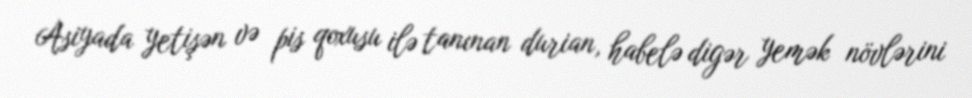
Asiyada yetişən və pis qoxusu ilə tanınan durian, habelə digər yemək növlərini